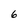
Character: 6